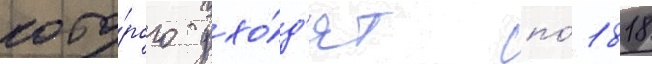
кото́рого ухо́д'ят по́ 1818